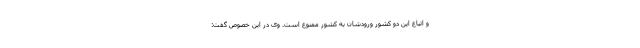
و اتباع این دو کشور ورودشان به کشور ممنوع است. وی در این خصوص گفت: